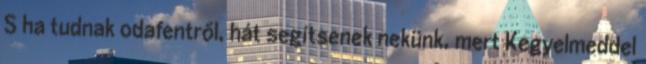
S ha tudnak odafentről, hát segítsenek nekünk, mert Kegyelmeddel